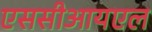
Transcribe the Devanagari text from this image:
एससीआयएल